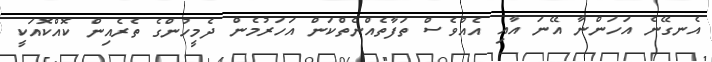
އެނގޭނެ އަހަންނާ އޭނަ އާއި އެއްވެސް ތަފާތެއްނެތްކަން އަހަރުމެން ދެމީހުންގެ ތެރެއިން ކޮއްކޮއަކީ